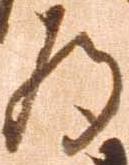
為